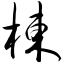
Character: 栋